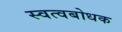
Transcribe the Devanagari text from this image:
स्वत्वबोधक